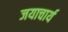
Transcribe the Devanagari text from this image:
जयाचार्य